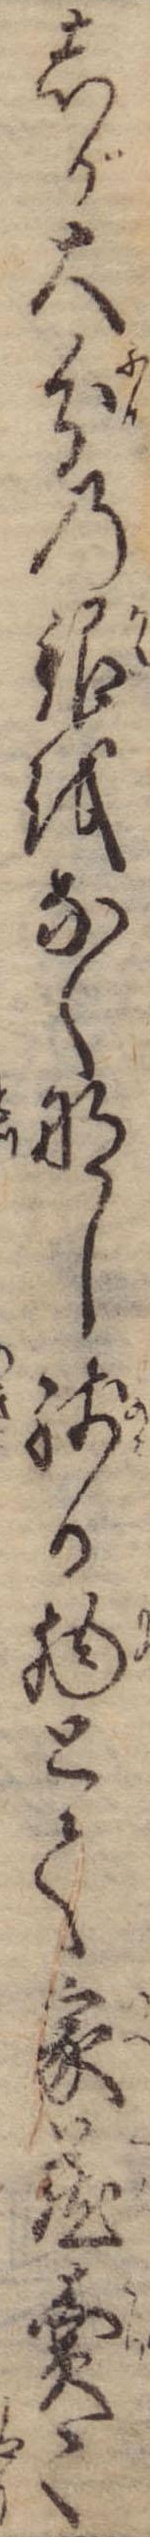
しが大分の銀をなくなし残る物とて家蔵売て